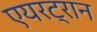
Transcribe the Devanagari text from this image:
एयरट्रान